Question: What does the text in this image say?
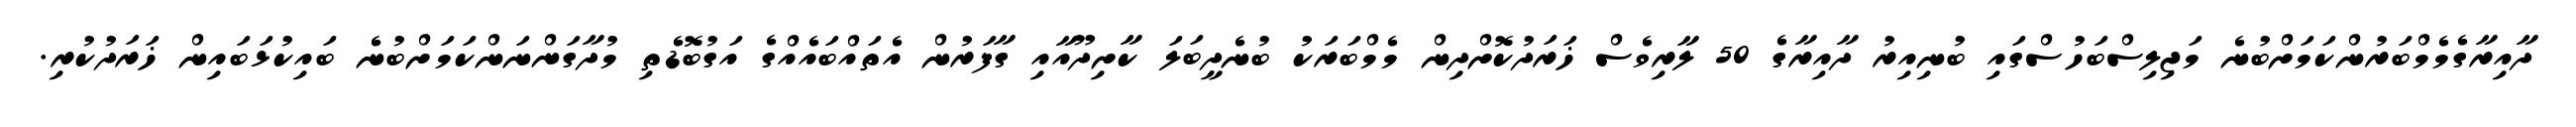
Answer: ދާއިރާގެމެމްބަރުންކަމަށްބުނެ މަޖިލިސްބަހުސްގައި ބުނިއިރު ދާއިރާގެ 50 ލާރިވެސް ޚަރަދުކޮށްދިން މެމްބަރަކު ބުނެދީބަލަ ކާށިދޫއާއި ގާފަރުން އެތައްބައެއްގެ އަގުބޮޑެތި މުދާގަންނަންކަމަށްބުނެ ބައިކުޅަބައިން ޚަރަދުކުރި.